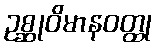
ဥစ္ဆုဝိမာနဝတ္ထု